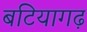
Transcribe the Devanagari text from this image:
बटियागढ़